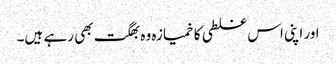
اور اپنی اس غلطی کا خمیازہ وہ بھگت بھی رہے ہیں۔